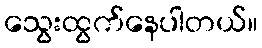
သွေးထွက်နေပါတယ်။